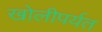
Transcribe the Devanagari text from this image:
खोलीपर्यत